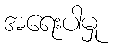
အရေးပါမှု